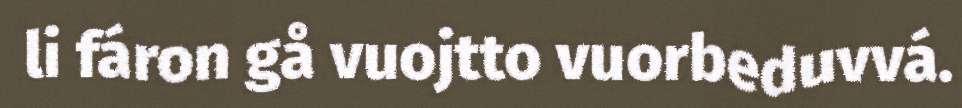
li fáron gå vuojtto vuorbeduvvá.